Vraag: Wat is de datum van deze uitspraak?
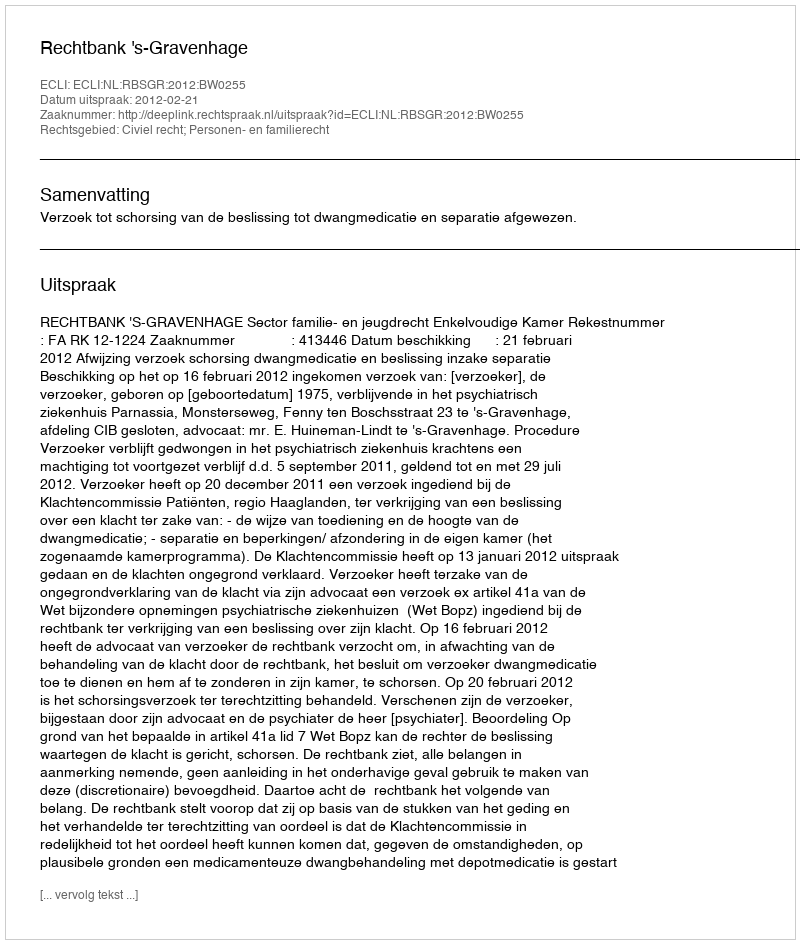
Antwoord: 2012-02-21